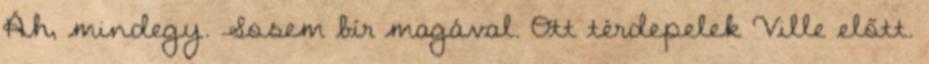
Áh, mindegy. Sosem bír magával. Ott térdepelek Ville előtt.